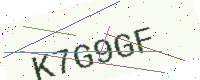
Text: K7G9GF